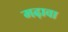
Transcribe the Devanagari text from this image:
मढ़ावा